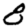
Digit: 8